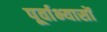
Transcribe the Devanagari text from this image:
पूर्वाभ्यासों